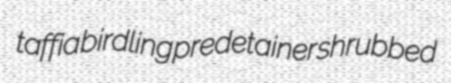
taffia birdling predetainer shrubbed